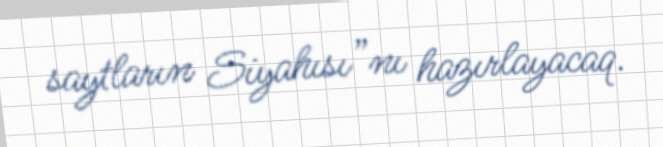
saytların Siyahısı”nı hazırlayacaq.